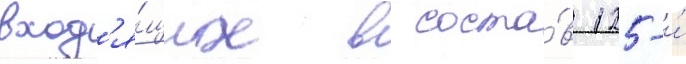
вход'я́щих в соста́в 125-и́